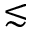
\lesssim